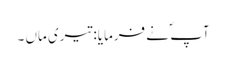
آپ ؐ نے فرمایا: تیری ماں ۔